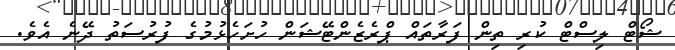
ޝޯޓް ލިސްޓް ކުރި ތިން ފަރާތައް ޕްރެޒެންޓޭޝަން ހުށަހެޅުމުގެ ފުރުސަތު ދޭނެ އެވެ.